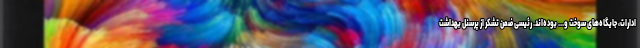
ادارات، جایگاه‌های سوخت و... بوده‌اند. رئیسی ضمن تشکر از پرسنل بهداشت